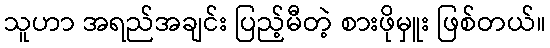
သူဟာ အရည်အချင်း ပြည့်မီတဲ့ စားဖိုမှူး ဖြစ်တယ်။